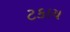
ટકાય